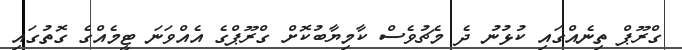
ގްރޫޕް ތިނެއްގައި ކުޅުނު ދެ މެޗުވެސް ކާމިޔާބުކޮށް ގްރޫޕްގެ އެއްވަނަ ޓީމެއްގެ ގޮތުގައި